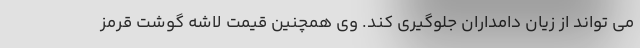
می تواند از زیان دامداران جلوگیری کند. وی همچنین قیمت لاشه گوشت قرمز